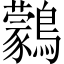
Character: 鸏